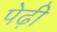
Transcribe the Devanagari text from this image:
पेढ़ी